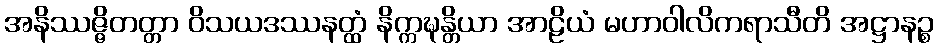
အနိဿဇ္ဇိတတ္တာ ဝိသယဒဿနတ္ထံ နိက္ကဍ္ဎန္တိယာ အာဠိယံ မဟာဝါလိကရာသီတိ အဋ္ဌာနဉ္စ